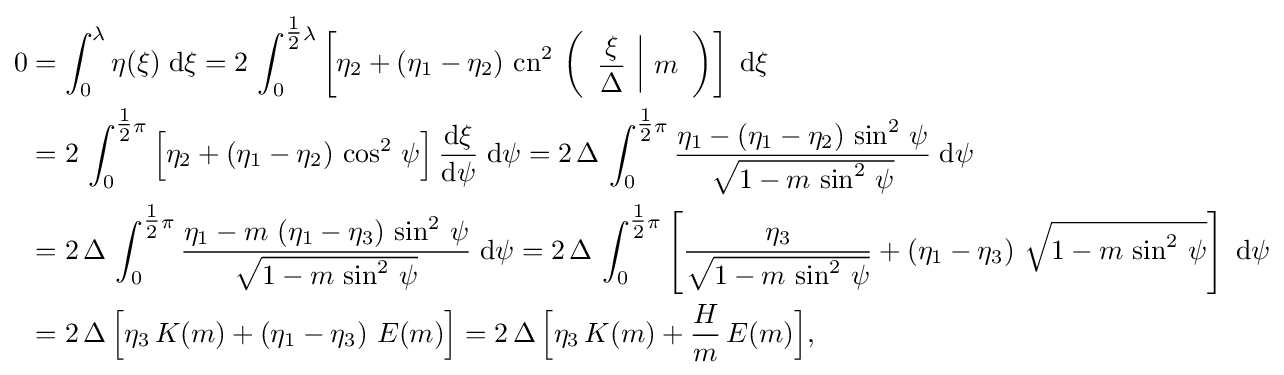
{\begin{aligned}0&=\int _{0}^{\lambda }\eta (\xi )\;{\text{d}}\xi =2\,\int _{0}^{{\tfrac {1}{2}}\lambda }\left[\eta _{2}+\left(\eta _{1}-\eta _{2}\right)\,\operatorname {cn} ^{2}\,\left({\begin{array}{c|c}\displaystyle {\frac {\xi }{\Delta }}&m\end{array}}\right)\right]\;{\text{d}}\xi \\&=2\,\int _{0}^{{\tfrac {1}{2}}\pi }{\Bigl [}\eta _{2}+\left(\eta _{1}-\eta _{2}\right)\,\cos ^{2}\,\psi {\Bigr ]}\,{\frac {{\text{d}}\xi }{{\text{d}}\psi }}\;{\text{d}}\psi =2\,\Delta \,\int _{0}^{{\tfrac {1}{2}}\pi }{\frac {\eta _{1}-\left(\eta _{1}-\eta _{2}\right)\,\sin ^{2}\,\psi }{\sqrt {1-m\,\sin ^{2}\,\psi }}}\;{\text{d}}\psi \\&=2\,\Delta \,\int _{0}^{{\tfrac {1}{2}}\pi }{\frac {\eta _{1}-m\,\left(\eta _{1}-\eta _{3}\right)\,\sin ^{2}\,\psi }{\sqrt {1-m\,\sin ^{2}\,\psi }}}\;{\text{d}}\psi =2\,\Delta \,\int _{0}^{{\tfrac {1}{2}}\pi }\left[{\frac {\eta _{3}}{\sqrt {1-m\,\sin ^{2}\,\psi }}}+\left(\eta _{1}-\eta _{3}\right)\,{\sqrt {1-m\,\sin ^{2}\,\psi }}\right]\;{\text{d}}\psi \\&=2\,\Delta \,{\Bigl [}\eta _{3}\,K(m)+\left(\eta _{1}-\eta _{3}\right)\,E(m){\Bigr ]}=2\,\Delta \,{\Bigl [}\eta _{3}\,K(m)+{\frac {H}{m}}\,E(m){\Bigr ]},\end{aligned}}